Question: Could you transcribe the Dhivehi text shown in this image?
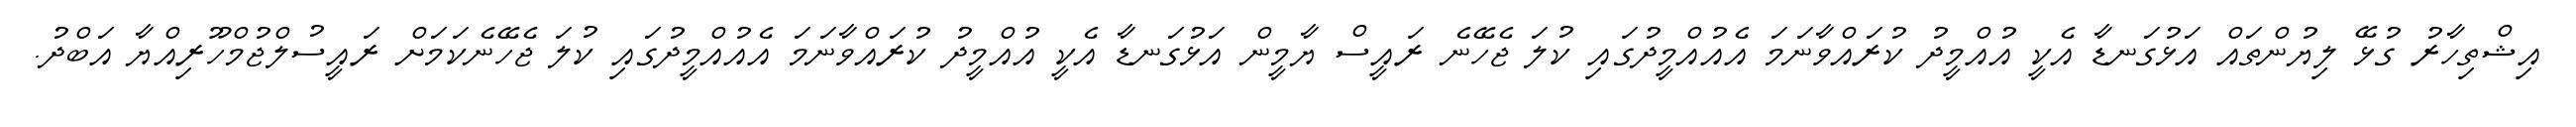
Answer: އިޝްތިހާރު ގުޅޭ ލިޔުންތައް އަޅުގަނޑާ އެކީ އުއްމީދު ކުރައްވާނަމަ އެއުއްމީދުގައި ކުލަ ޖެހޭނެ ރައީސް ޔާމީން އަޅުގަނޑާ އެކީ އުއްމީދު ކުރައްވާނަމަ އެއުއްމީދުގައި ކުލަ ޖެހޭނެކަމަށް ރައީސުލްޖުމްހޫރިއްޔާ އަބްދު.